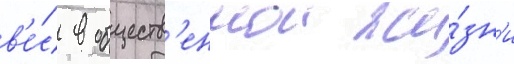
в'е́с в обществ'еннои жи́зн'и